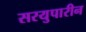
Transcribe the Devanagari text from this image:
सरयुपारीन